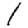
Digit: 1